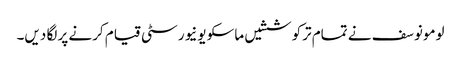
لومونوسف نے تمام ترکوششیں ماسکو یونیورسٹی قیام کرنے پر لگا دیں۔